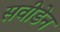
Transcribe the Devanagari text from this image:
सवीडेन